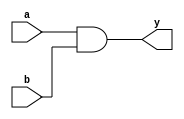
module andgate(a,b,y);
input a,b;
output y;
and(y,a,b);
endmodule